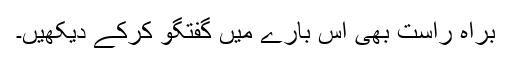
براہ راست بھی اس بارے میں گفتگو کرکے دیکھیں۔